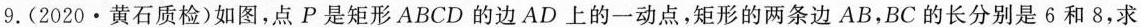
9.(2020·黄石质检)如图，点P是矩形ABCD的边AD上的一动点，矩形的两条边AB，BC的长分别是6和8，求